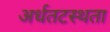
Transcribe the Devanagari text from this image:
अर्धतटस्थता